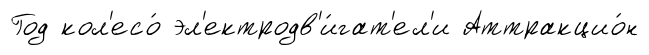
Год кол'есо́ эл'ектродв'и́гат'ел'и Аттракцио́н